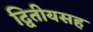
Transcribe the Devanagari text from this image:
द्वितीयसह